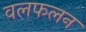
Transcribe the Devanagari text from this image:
वलफलन